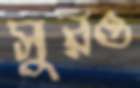
সুরও